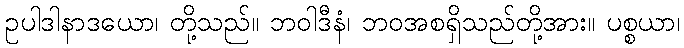
ဥပါဒါနာဒယော၊ တို့သည်။ ဘဝါဒီနံ၊ ဘဝအစရှိသည်တို့အား။ ပစ္စယာ၊